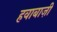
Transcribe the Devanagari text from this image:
हवाबाज़ी